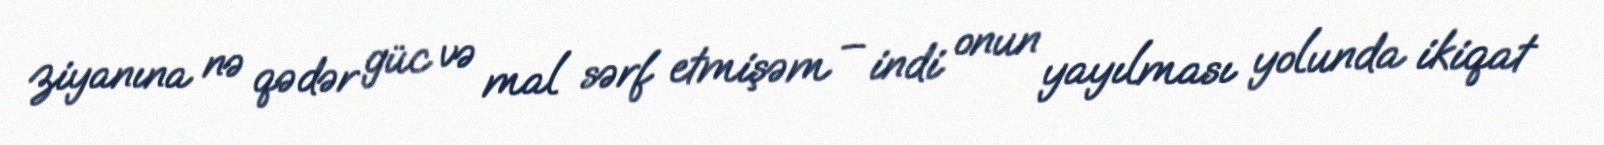
ziyanına nə qədər güc və mal sərf etmişəm – indi onun yayılması yolunda ikiqat